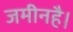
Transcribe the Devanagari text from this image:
जमीनहै।